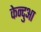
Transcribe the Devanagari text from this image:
केन्‍दुआ